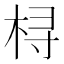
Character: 桪